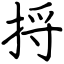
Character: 捋